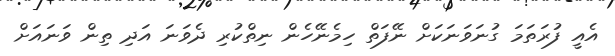
އެއީ ފުރަތަމަ ގުނަވަނަކަށް ނޭފަތް ހިމެނޭހެން ނިތްކުރި ދެވަނަ އަދި ތިން ވަނައަށް